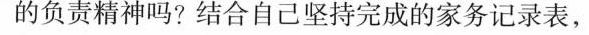
的负责精神吗？结合自己坚持完成的家务记录表，